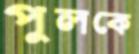
পুলকে